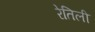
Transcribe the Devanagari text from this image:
रेतिली